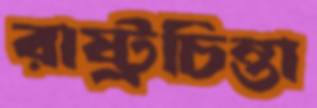
রাষ্ট্রচিন্তা